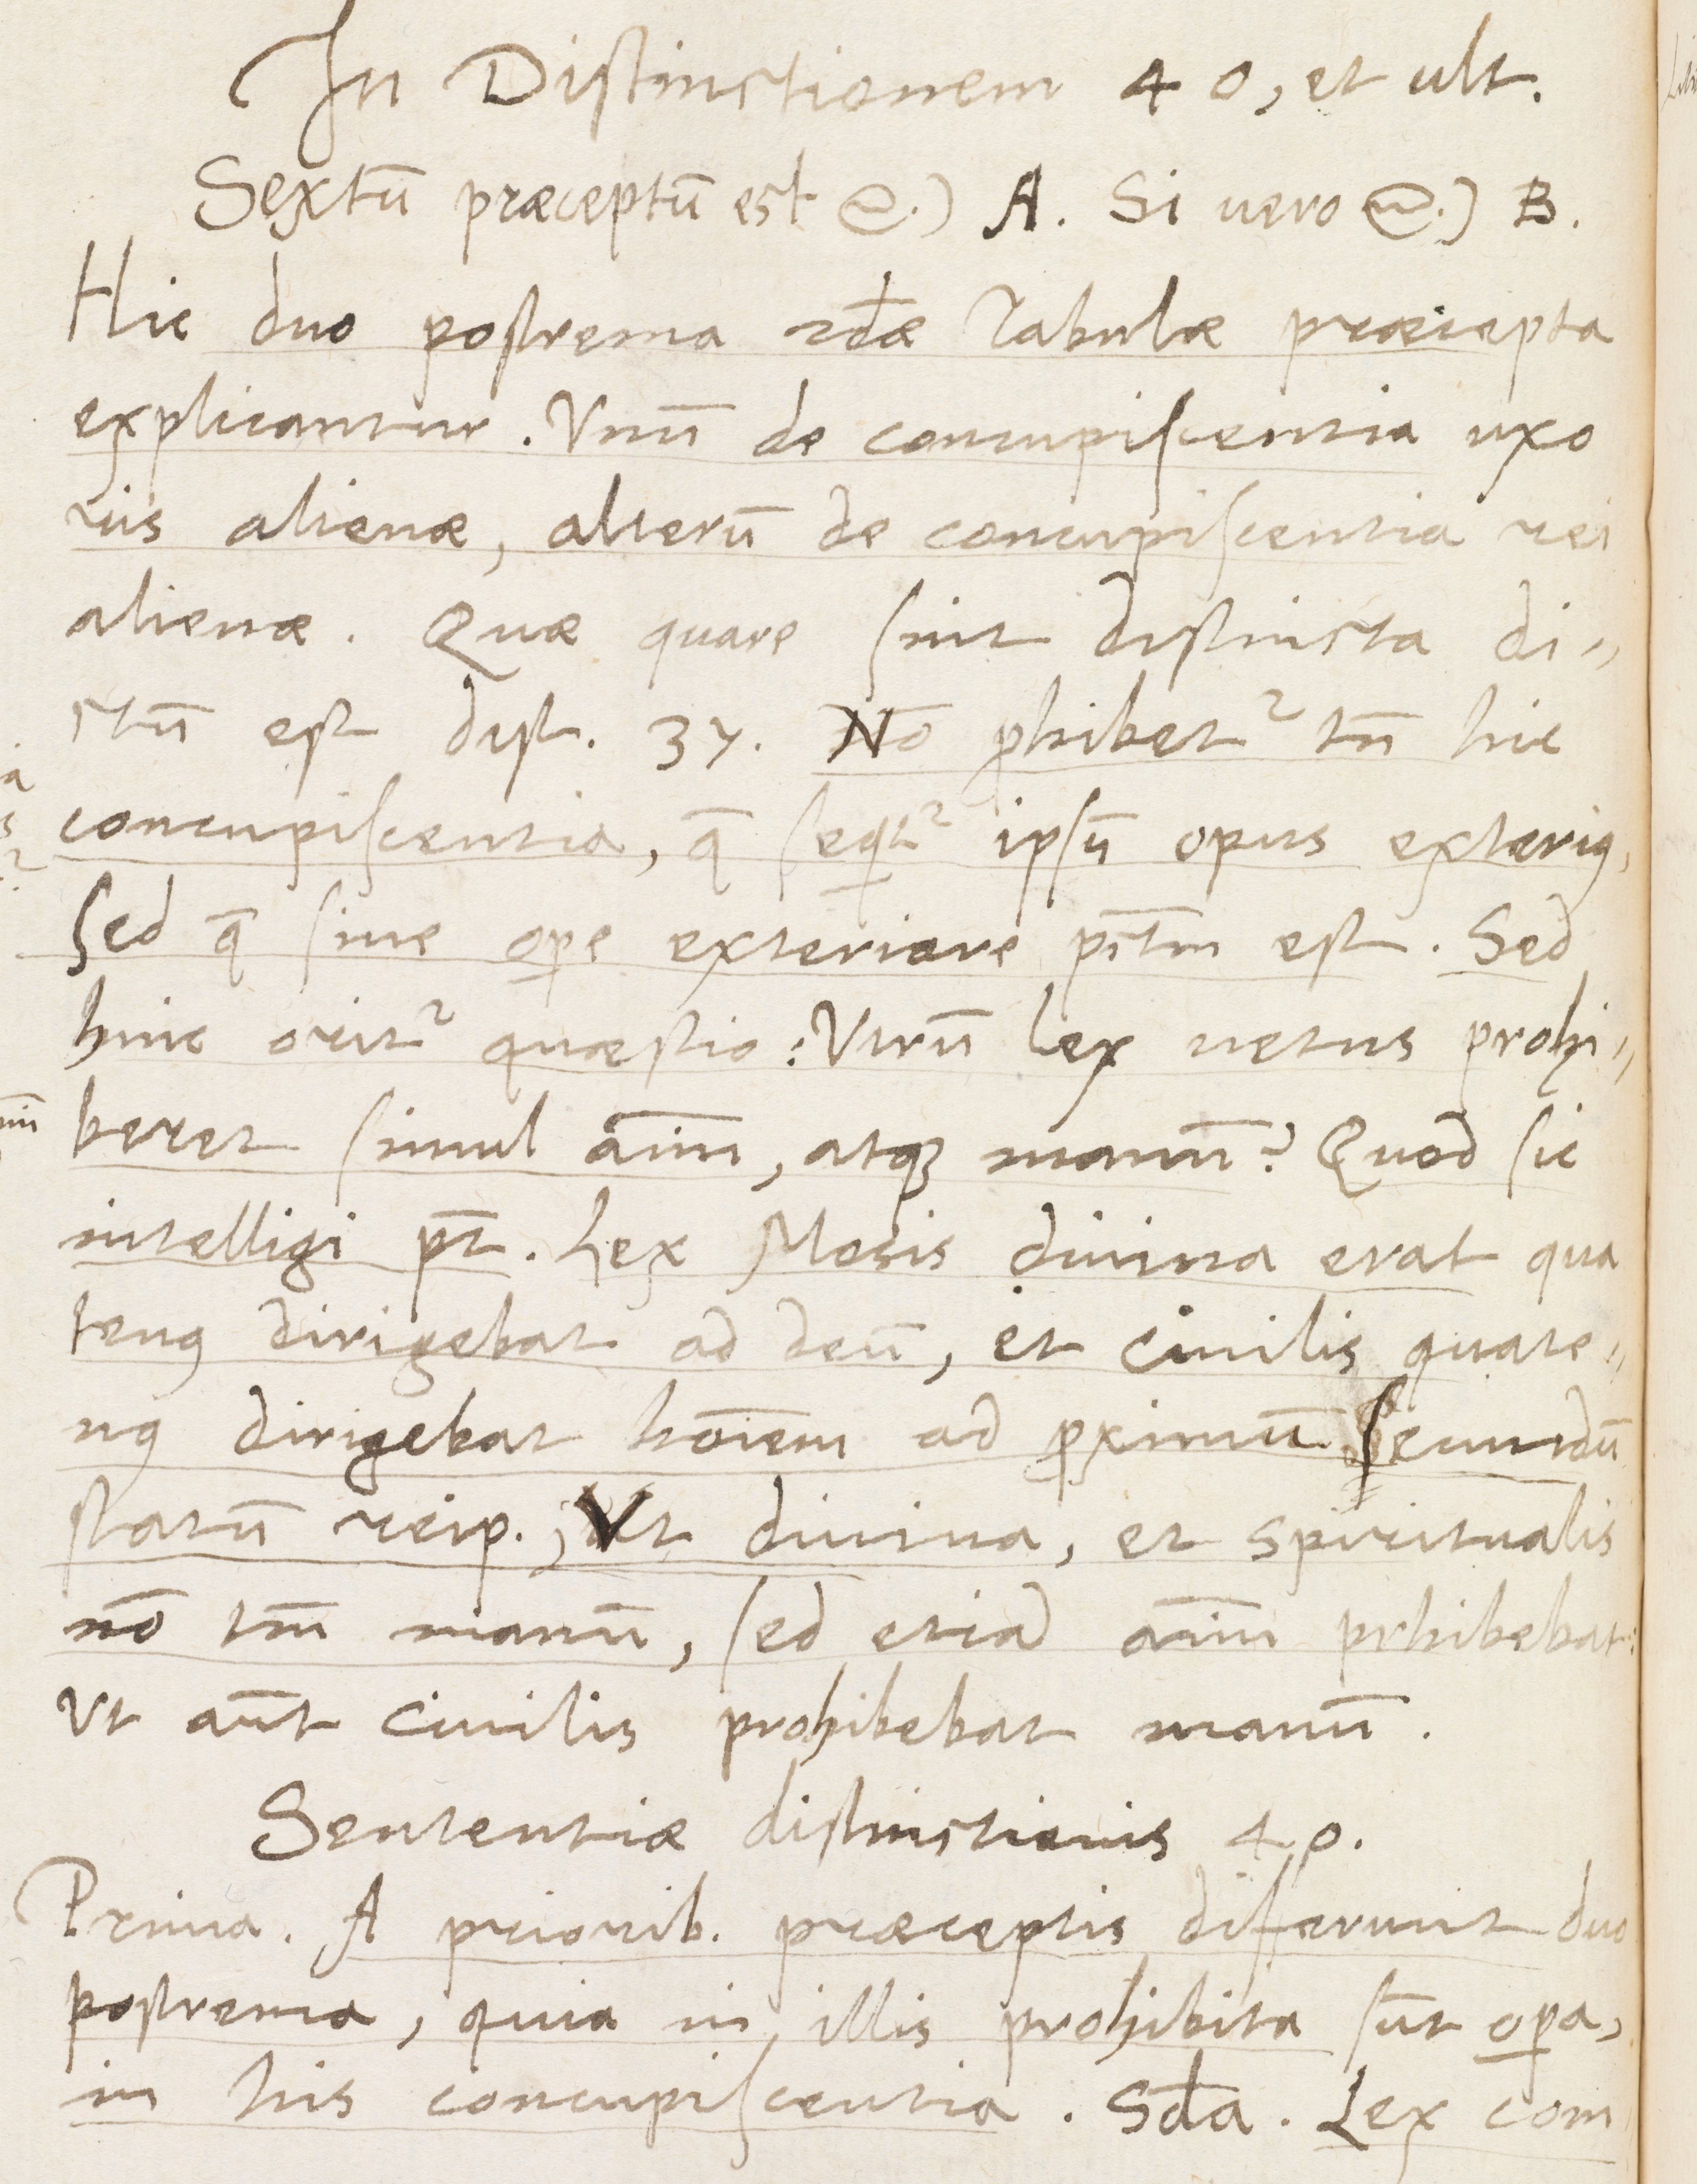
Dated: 1566–1566